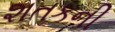
શતકની